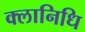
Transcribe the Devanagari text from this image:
क्लानिधि